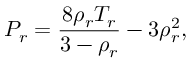
P _ { r } = \frac { 8 \rho _ { r } T _ { r } } { 3 - \rho _ { r } } - 3 \rho _ { r } ^ { 2 } ,